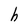
Character: h